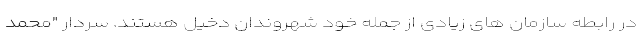
در رابطه سازمان های زیادی از جمله خود شهروندان دخیل هستند. سردار "محمد